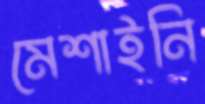
মেশাইনি